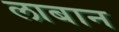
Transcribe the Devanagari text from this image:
लाबान